Indian journal of veterinary science and animal husbandry - Volume 4,
Year: 1934
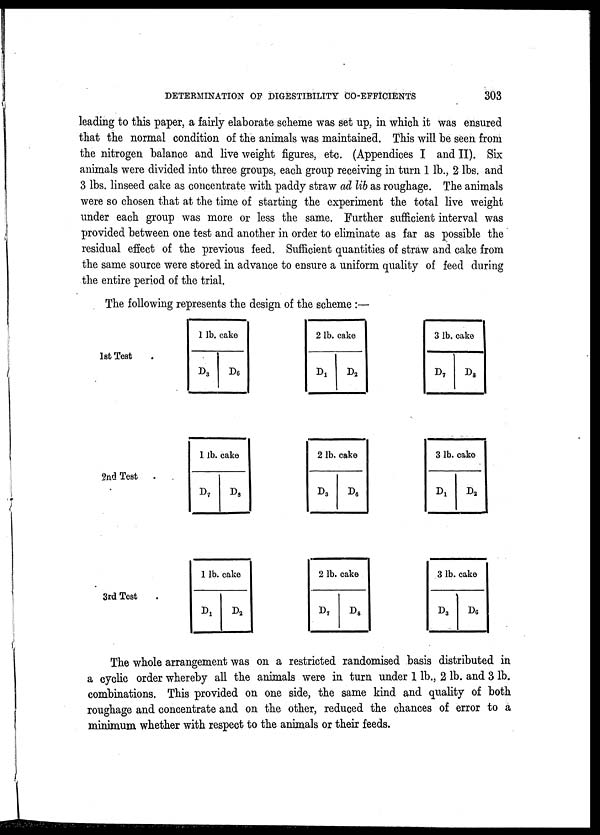
DETERMINATION OF DIGESTIBILITY CO-EFFICIENTS
303
leading to this paper, a fairly elaborate scheme was set up, in which it was ensured
that the normal condition of the animals was maintained. This will be seen from
the nitrogen balance and live weight figures, etc. (Appendices I and II). Six
animals were divided into three groups, each group receiving in turn 1 lb., 2 lbs. and
3 lbs. linseed cake as concentrate with paddy straw ad lib as roughage. The animals
were so chosen that at the time of starting the experiment the total live weight
under each group was more or less the same. Further sufficient interval was
provided between one test and another in order to eliminate as far as possible the
residual effect of the previous feed. Sufficient quantities of straw and cake from
the same source were stored in advance to ensure a uniform quality of feed during
the entire period of the trial.
The following represents the design of the scheme :—
1st Test
1 lb.
D 3
cake
D 6
2 lb.
D 1
cake
D 2
3 lb.
D 7
cake
D 8
2nd Test
l lb.
D 7
cake
D 8
2 lb.
D 3
cake
D 6
3 1b.
D 1
cake
D 2
3rd Test
1 lb.
D 1
cake
D 2
2 1b.
D 7
cake
D 8
3 1b.
D 3
cake
D 6
The whole arrangement was on a restricted randomised basis distributed in
a cyclic order whereby all the animals were in turn under 1 lb., 2 lb. and 3 lb.
combinations. This provided on one side, the same kind and quality of both
roughage and concentrate and on the other, reduced the chances of error to a
minimum whether with respect to the animals or their feeds.